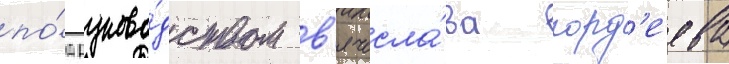
по́д руково́дством в'ячесла́ва горд'еева